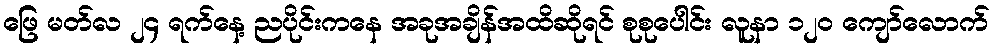
ဖြေ မတ်လ ၂၄ ရက်နေ့ ညပိုင်းကနေ အခုအချိန်အထိဆိုရင် စုစုပေါင်း လူနာ ၁၂၀ ကျော်လောက်